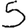
Digit: 5